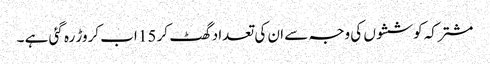
مشترکہ کوششوں کی وجہ سے ان کی تعداد گھٹ کر 15 اب کروڑ رہ گئی ہے ۔